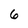
Character: 6